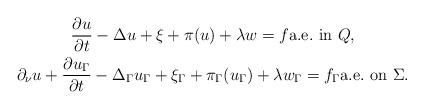
LaTeX: \begin{gather*}\frac{\partial u}{\partial t}-\Delta u + \xi + \pi(u) + \lambda w = f\mbox{a.e.\ in } Q,\\\partial_\nu u+ \frac{\partial u_{\Gamma }}{\partial t}-\Delta_{\Gamma } u_{\Gamma }+ \xi_{\Gamma } +\pi_{\Gamma }(u_{\Gamma }) + \lambda w _{\Gamma } = f_\Gamma \mbox{a.e.\ on } \Sigma.\end{gather*}